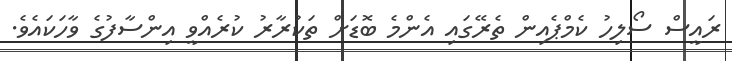
ރައީސް ސޯލިހު ކެމްޕެއިން ތެރޭގައި އެންމެ ބޮޑަށް ތަކުރާރު ކުރެއްވީ އިންސާފުގެ ވާހަކައެވެ.